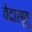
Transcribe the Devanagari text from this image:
वेदास्तु